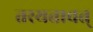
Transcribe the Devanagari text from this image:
तस्यतावत्